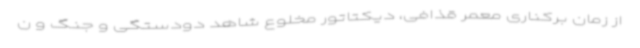
از زمان برکناری معمر قذافی، دیکتاتور مخلوع شاهد دودستگی و جنگ و ن